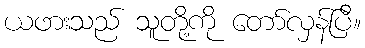
ယဖားသည် သူတို့ကို တော်လှန်ပြီ။